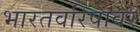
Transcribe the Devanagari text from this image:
भारतवरिषावर